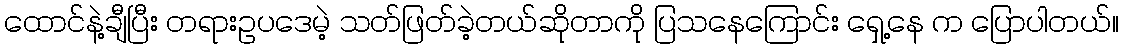
ထောင်နဲ့ချီပြီး တရားဥပဒေမဲ့ သတ်ဖြတ်ခဲ့တယ်ဆိုတာကို ပြသနေကြောင်း ရှေ့နေ က ပြောပါတယ်။